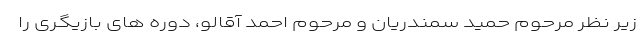
زیر نظر مرحوم حمید سمندریان و مرحوم احمد آقالو، دوره های بازیگری را